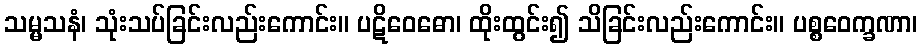
သမ္မသနံ၊ သုံးသပ်ခြင်းလည်းကောင်း။ ပဋိဝေဓော၊ ထိုးထွင်း၍ သိခြင်းလည်းကောင်း။ ပစ္စဝေက္ခဏာ၊